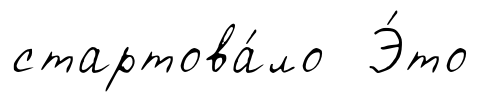
стартова́ло Э́то